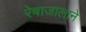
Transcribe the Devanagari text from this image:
रेषाजालाने